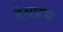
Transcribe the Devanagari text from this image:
हेमप्रभ